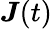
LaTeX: \boldsymbol J(t)